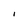
Character: i